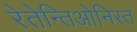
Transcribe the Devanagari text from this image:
रेतेन्तिओनिस्त